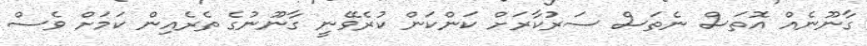
ގާނޫނެއް އޮތަސް ނެތަސް ސަރުކާރަށް ކަންކަން ކުރެވޭނީ ގާނޫނުގެ ތެރެއިން ކަމަށް ވެސް